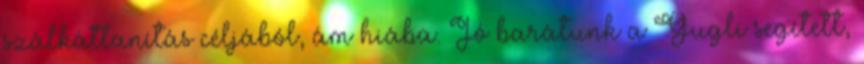
szálkátlanítás céljából, ám hiába. Jó barátunk a Gugli segített,